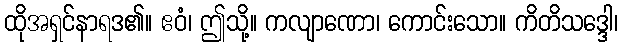
ထိုအရှင်နာရဒ၏။ ဧဝံ၊ ဤသို့။ ကလျာဏော၊ ကောင်းသော။ ကိတိသဒ္ဒေါ၊